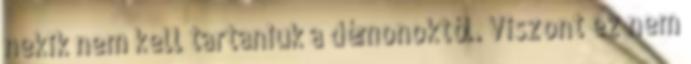
nekik nem kell tartaniuk a démonoktól. Viszont ez nem